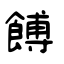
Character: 餺